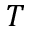
T